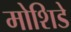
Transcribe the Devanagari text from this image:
मोशिडे